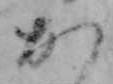
か